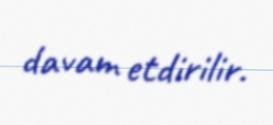
davam etdirilir.